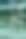
প্র